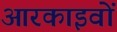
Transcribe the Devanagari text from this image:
आरकाइवों